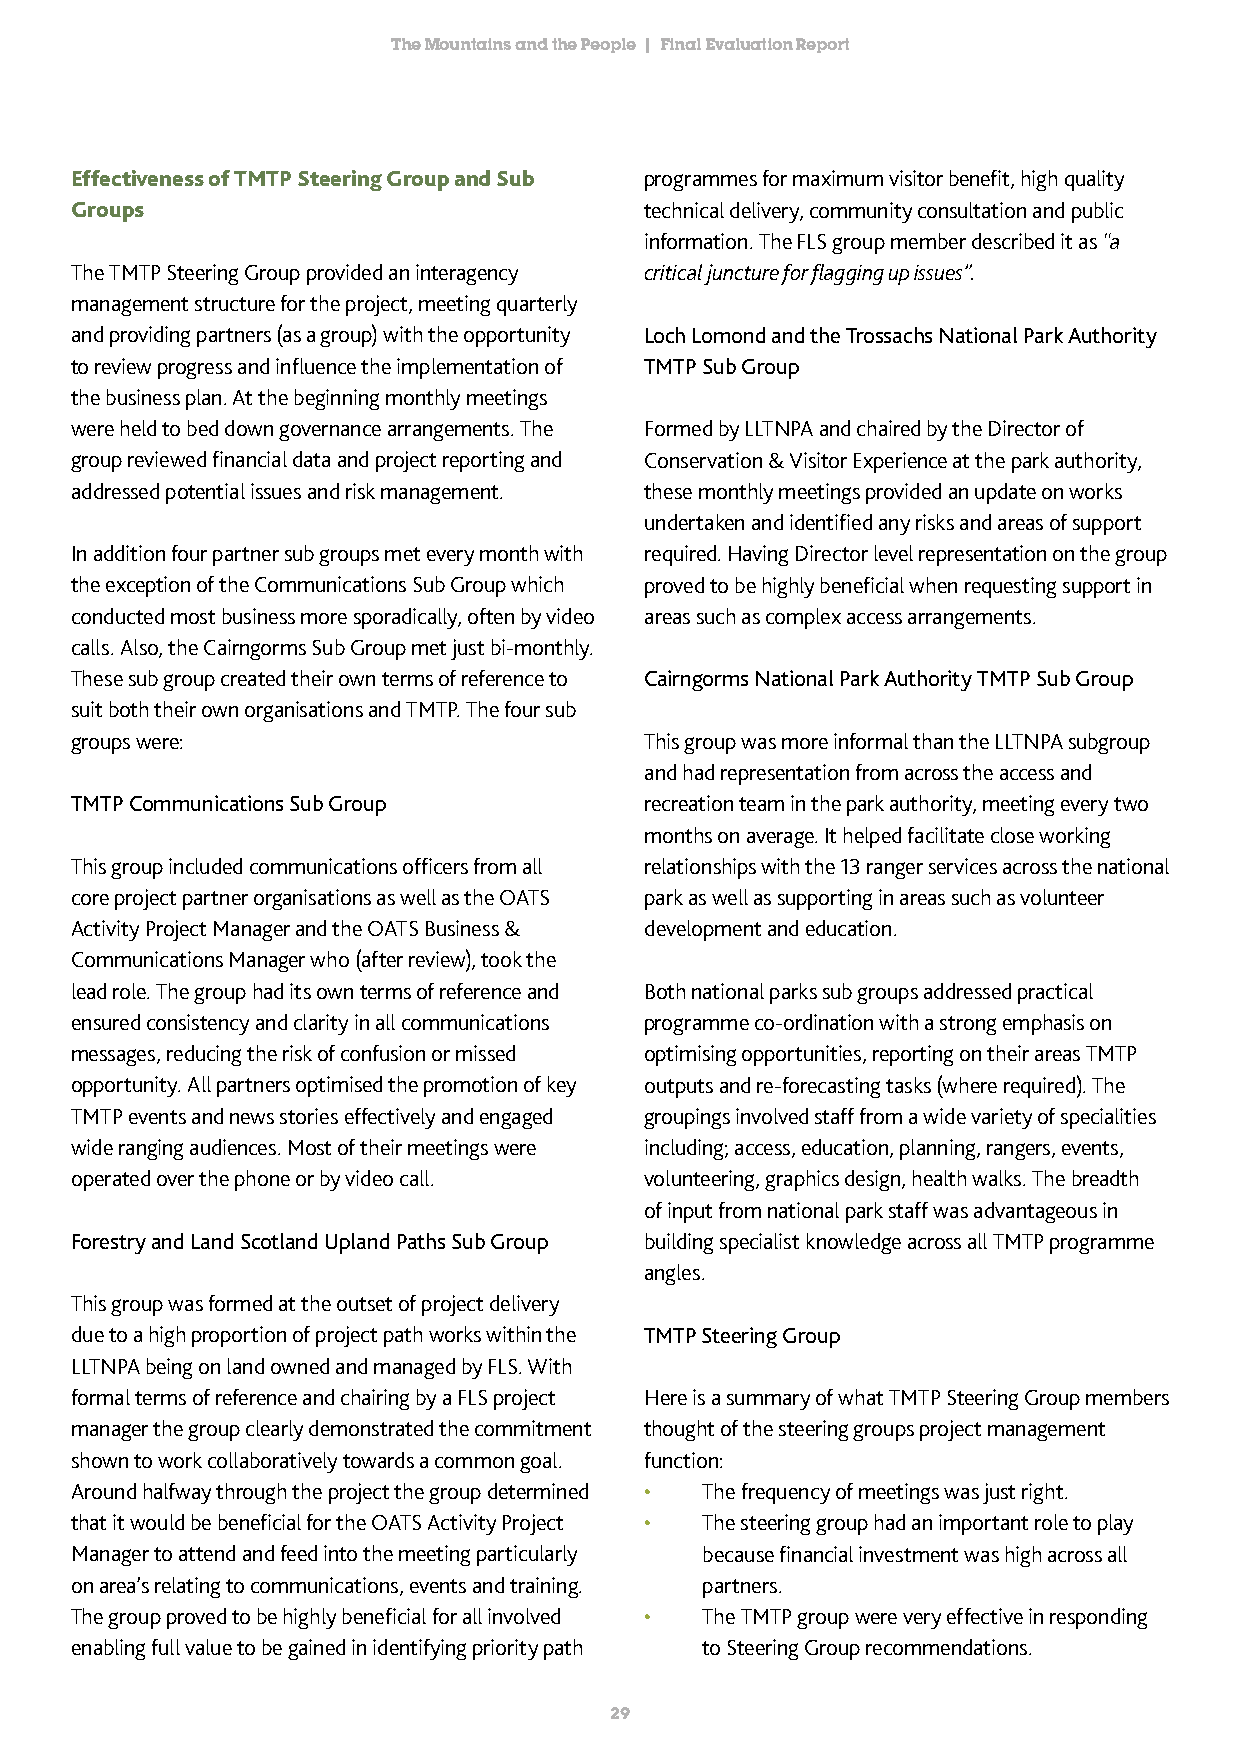
The Mountains and the People | Final Evaluation Report
 Effectiveness of TMTP Steering Group and Sub programmes for maximum visitor benefit, high quality
 Groups                                technical delivery, community consultation and public
 information. The FLS group member described it as “a
 The TMTP Steering Group provided an interagency critical juncture for flagging up issues”.
 management structure for the project, meeting quarterly
 and providing partners (as a group) with the opportunity Loch Lomond and the Trossachs National Park Authority
 to review progress and influence the implementation of TMTP Sub Group
 the business plan. At the beginning monthly meetings
 were held to bed down governance arrangements. The Formed by LLTNPA and chaired by the Director of
 group reviewed financial data and project reporting and Conservation & Visitor Experience at the park authority,
 addressed potential issues and risk management. these monthly meetings provided an update on works
 undertaken and identified any risks and areas of support
 In addition four partner sub groups met every month with required. Having Director level representation on the group
 the exception of the Communications Sub Group which proved to be highly beneficial when requesting support in
 conducted most business more sporadically, often by video areas such as complex access arrangements.
 calls. Also, the Cairngorms Sub Group met just bi-monthly.
 These sub group created their own terms of reference to Cairngorms National Park Authority TMTP Sub Group
 suit both their own organisations and TMTP. The four sub
 groups were:                          This group was more informal than the LLTNPA subgroup
 and had representation from across the access and
 TMTP Communications Sub Group         recreation team in the park authority, meeting every two
 months on average. It helped facilitate close working
 This group included communications officers from all relationships with the 13 ranger services across the national
 core project partner organisations as well as the OATS park as well as supporting in areas such as volunteer
 Activity Project Manager and the OATS Business & development and education.
 Communications Manager who (after review), took the
 lead role. The group had its own terms of reference and Both national parks sub groups addressed practical
 ensured consistency and clarity in all communications programme co-ordination with a strong emphasis on
 messages, reducing the risk of confusion or missed optimising opportunities, reporting on their areas TMTP
 opportunity. All partners optimised the promotion of key outputs and re-forecasting tasks (where required). The
 TMTP events and news stories effectively and engaged groupings involved staff from a wide variety of specialities
 wide ranging audiences. Most of their meetings were including; access, education, planning, rangers, events,
 operated over the phone or by video call. volunteering, graphics design, health walks. The breadth
 of input from national park staff was advantageous in
 Forestry and Land Scotland Upland Paths Sub Group building specialist knowledge across all TMTP programme
 angles.
 This group was formed at the outset of project delivery
 due to a high proportion of project path works within the TMTP Steering Group
 LLTNPA being on land owned and managed by FLS. With
 formal terms of reference and chairing by a FLS project Here is a summary of what TMTP Steering Group members
 manager the group clearly demonstrated the commitment thought of the steering groups project management
 shown to work collaboratively towards a common goal. function:
 Around halfway through the project the group determined • The frequency of meetings was just right.
 that it would be beneficial for the OATS Activity Project • The steering group had an important role to play
 Manager to attend and feed into the meeting particularly because financial investment was high across all
 on area’s relating to communications, events and training. partners.
 The group proved to be highly beneficial for all involved • The TMTP group were very effective in responding
 enabling full value to be gained in identifying priority path to Steering Group recommendations.
 29